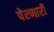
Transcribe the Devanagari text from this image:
पेरणारी